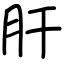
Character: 肝